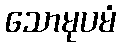
သောမုပမံ